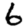
Digit: 6